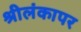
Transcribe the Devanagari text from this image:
श्रीलंकापर